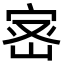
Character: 宻